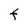
Character: F